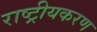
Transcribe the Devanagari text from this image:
राष्‍ट्रीयकरण